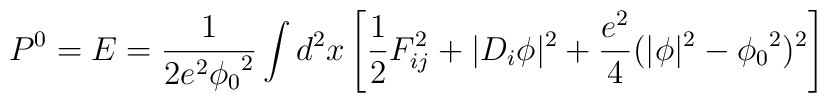
P^0 = E = \frac{1}{2 e^2{\phi_0}^2}\int d^2x \left[ \frac{1}{2}F^2_{ij} + \vert D_i\phi\vert^2+ \frac{e^2}{4}(\vert\phi\vert^2 - {\phi_0}^2)^2 \right]